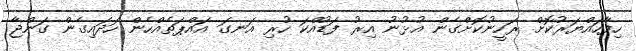
ހިފާހައްޔަރުކޮށް ރަހީނުކޮށްގެން އުޅުނު އިރު ފަޑުއްކަ ހުރި އަނގަ އައްޕަތެއްހެން ހަދައިގެން ގަންޖާ